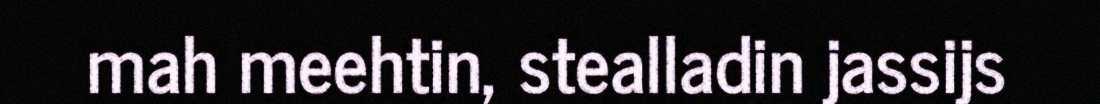
mah meehtin, stealladin jassijs